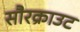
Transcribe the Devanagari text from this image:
सौरक्राउट